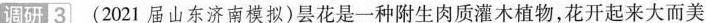
调研 3 (2021届山东济南模拟)昙花是一种附生肉质灌木植物，花开起来大而美